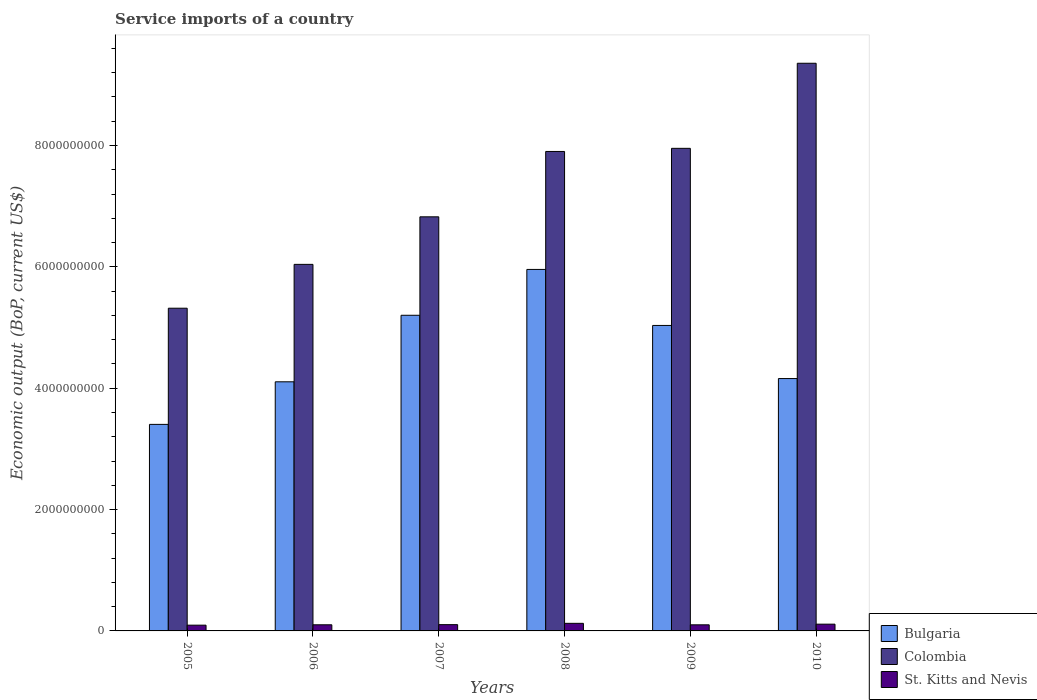
| Years | Bulgaria | Colombia | St. Kitts and Nevis |
 | --- | --- | --- | --- |
 | 2005 | 3.4e+09 | 5.32e+09 | 9.49e+07 |
 | 2006 | 4.11e+09 | 6.04e+09 | 1.01e+08 |
 | 2007 | 5.2e+09 | 6.82e+09 | 1.03e+08 |
 | 2008 | 5.96e+09 | 7.9e+09 | 1.25e+08 |
 | 2009 | 5.03e+09 | 7.95e+09 | 1e+08 |
 | 2010 | 4.16e+09 | 9.36e+09 | 1.11e+08 |